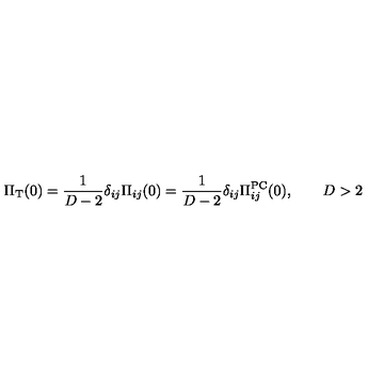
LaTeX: \Pi _ { \mathrm { T } } ( 0 ) = \frac { 1 } { D - 2 } \delta _ { i j } \Pi _ { i j } ( 0 ) = \frac { 1 } { D - 2 } \delta _ { i j } \Pi _ { i j } ^ { \mathrm { P C } } ( 0 ) , \qquad D > 2